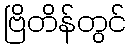
ဗြိတိန်တွင်